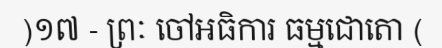
)១៧ - ព្រៈ ចៅអធិការ ធម្មជោតោ (